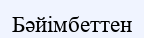
Бәйімбеттен